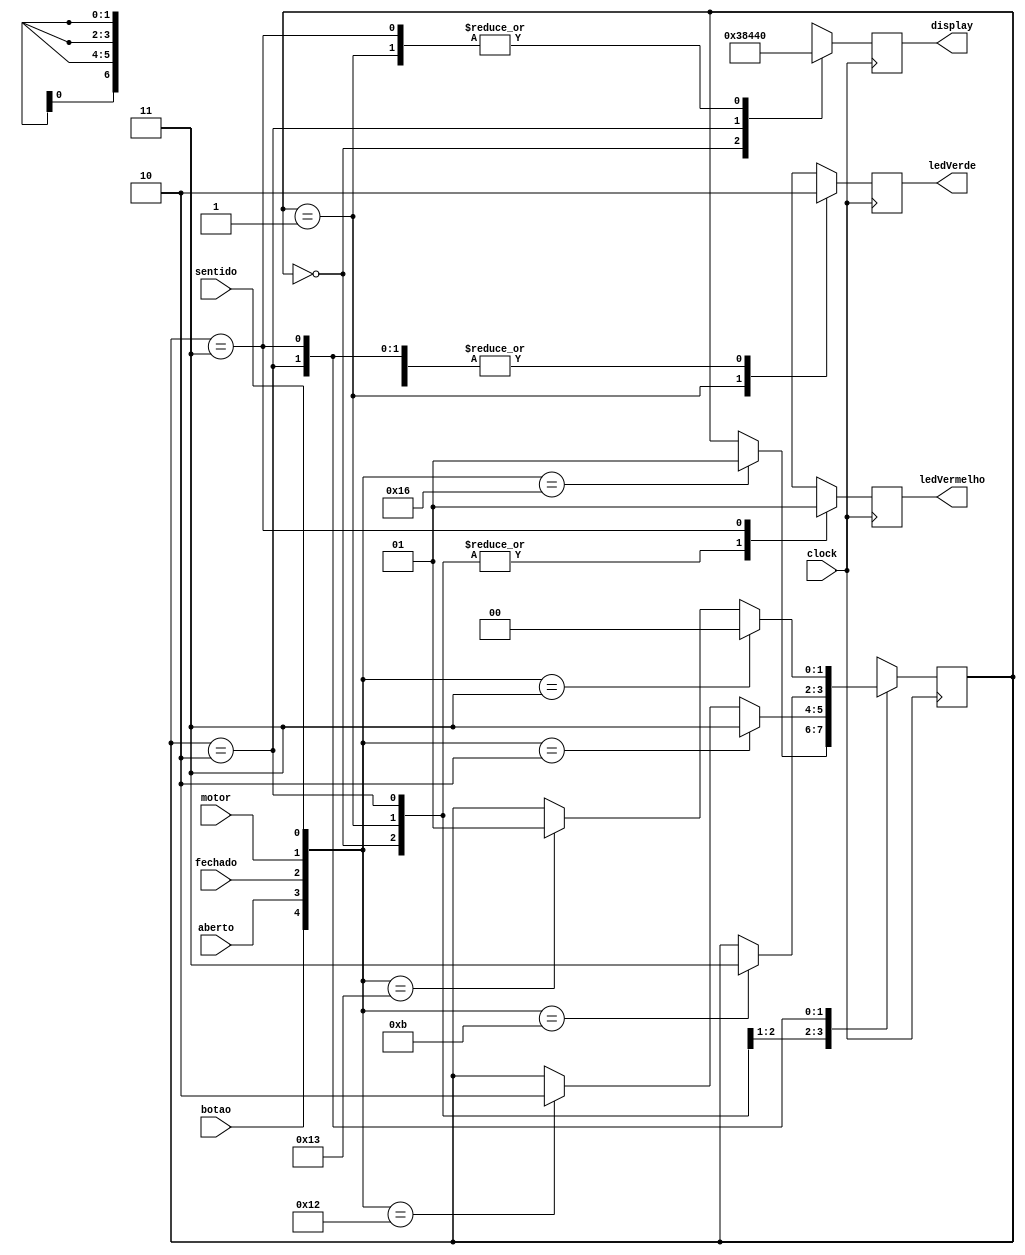
module inicial ( botao, aberto, fechado, motor, sentido, ledVerde, ledVermelho, display, clock );
	input botao, aberto, fechado, motor, sentido, clock;
	output ledVerde, ledVermelho;
	output [6:0] display;

	reg [1:0] estado;
	reg [4:0] entrada;

	reg [6:0] tmpDisplay;
	reg tmpLedVerde, tmpLedVermelho;

	parameter Fechado = 2'b00, Abrindo = 2'b01, Aberto = 2'b10, Fechando = 2'b11;

	initial estado = Fechado;

	always @(posedge clock)begin
            entrada[4] = botao;
            entrada[3] = aberto;
            entrada[2] = fechado;
            entrada[1] = motor;
            entrada[0] = sentido;

          	case( estado )
          			Fechado: begin
									  tmpDisplay = 7'b0001110;
									  tmpLedVerde = 0;
									  tmpLedVermelho = 0;

									  if( entrada == 5'b10110 ) // botao = 1 & aberto = 0 & fechado = 1 & motor = 1 & sentido = 0
										 estado = Abrindo;
									end

          			Abrindo: begin
									  tmpDisplay = 7'b1000000;
									  tmpLedVerde = 1;
									  tmpLedVermelho = 0;

										if( entrada == 5'b10010 ) // botao = 1 & aberto = 0 & fechado = 0 && motor = 1 & sentido = 0
											estado = Aberto;
										if( entrada == 5'b00010 ) // botao = 0 & aberto = 0 & fechado = 0 & motor = 1 & sentido == 0
											estado = Fechando;
									end

          			Aberto: begin
									  tmpDisplay = 7'b0001000;
									  tmpLedVerde = 0;
									  tmpLedVermelho = 0;

									  if( entrada == 5'b01011 ) // botao = 0 & aberto = 1 & fechado = 0 & motor = 1 & sentido = 1
										 estado = Fechando;
								  end

          			Fechando: begin
									  tmpDisplay = 7'b1000000;
									  tmpLedVerde = 0;
									  tmpLedVermelho = 1;

										if( entrada == 5'b10011 ) // botao = 1 & aberto = 0 & fechado = 0 & motor = 1 & sentido = 1
											estado = Abrindo;
										if( entrada == 5'b00011 ) // botao = 0 & aberto = 0 & fechado = 0 & motor = 1 & sentido = 1
											estado = Fechado;
									 end

          			default: estado = Fechado;

          	endcase
	end

	assign display= tmpDisplay;
	assign ledVerde = tmpLedVerde;
	assign ledVermelho = tmpLedVermelho;

endmodule